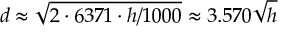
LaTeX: d \approx { \sqrt { 2 \cdot 6 3 7 1 \cdot { h / 1 0 0 0 } } } \approx 3 . 5 7 0 { \sqrt { h } }